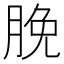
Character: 脕